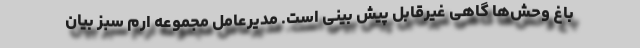
باغ وحش‌ها گاهی غیرقابل پیش بینی است. مدیرعامل مجموعه ارم سبز بیان